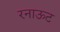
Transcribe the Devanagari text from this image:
रनाऊट